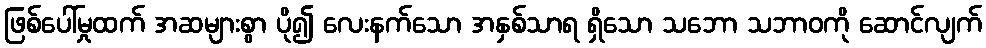
ဖြစ်ပေါ်မှုထက် အဆများစွာ ပို၍ လေးနက်သော အနှစ်သာရ ရှိသော သဘော သဘာဝကို ဆောင်လျက်